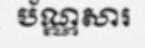
ប័ណ្ណសារ